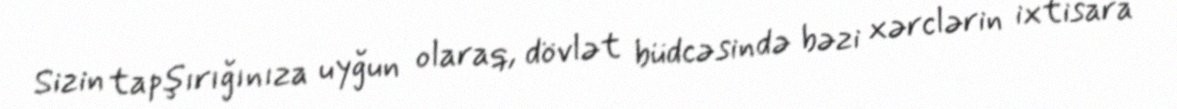
Sizin tapşırığınıza uyğun olaraq, dövlət büdcəsində bəzi xərclərin ixtisara